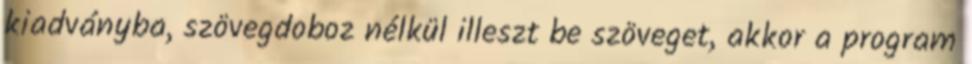
kiadványba, szövegdoboz nélkül illeszt be szöveget, akkor a program